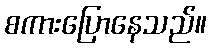
စကားပြောနေသည်။